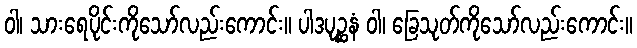
ဝါ၊ သားရေပိုင်းကိုသော်လည်းကောင်း။ ပါဒပုဉ္ဆနံ ဝါ၊ ခြေသုတ်ကိုသော်လည်းကောင်း။